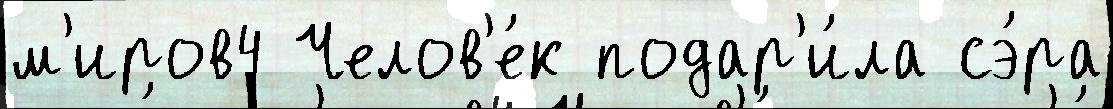
м'иров4 Челов'е́к подар'и́ла сэ́ра